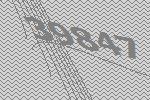
39847